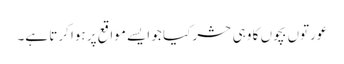
عورتوں بچوں کا وہی حشر کیا جو ایسے مواقع پر ہوا کرتا ہے۔